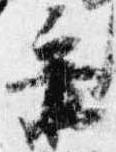
乗